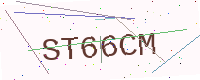
Text: ST66CM